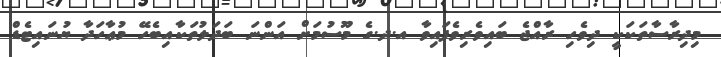
މިދިރާސާތަކަކީ ދިވެހި ރާއްޖެ ބައިވެރިވެފައިވާ އ.ދ.ގެ މޫސުމަށް އަންނަ ބަދަލުތަކާއިބެހޭ މުޢާހަދާ ޔުނައިޓެޑް